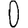
Digit: 0